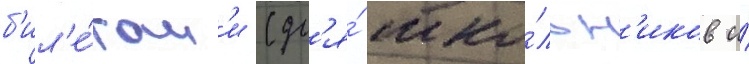
б'ил'е́там'и (дл'я́ шко́льн'иков и́